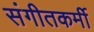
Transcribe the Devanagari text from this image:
संगीतकर्मी